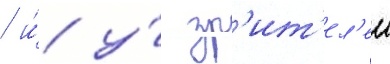
/ и́ у́ зр'ит'ел'еи